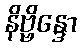
နိဗ္ဗိန္ဒော